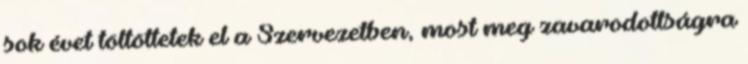
sok évet töltöttetek el a Szervezetben, most meg zavarodottságra